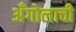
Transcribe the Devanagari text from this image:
अँगोलाची